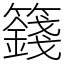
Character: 籛